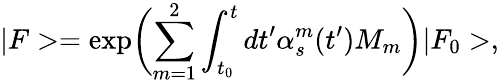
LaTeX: |F>=\exp\biggl(\sum_{m=1}^{2}\int_{t_{0}}^{t}dt^{\prime}\alpha_{s}^{m}(t^{\prime})M_{m}\biggr)|F_{0}>,